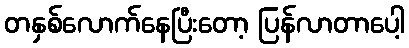
တနှစ်လောက်နေပြီးတော့ ပြန်လာတာပေါ့